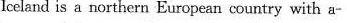
Iceland is a northern European country with a-